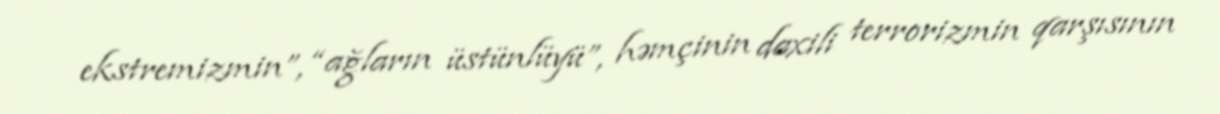
ekstremizmin”, “ağların üstünlüyü”, həmçinin daxili terrorizmin qarşısının